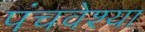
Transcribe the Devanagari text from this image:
पंचवेश्या